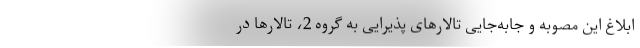
ابلاغ این مصوبه و جابه‌جایی تالارهای پذیرایی به گروه 2، تالارها در